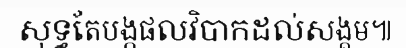
សុទ្ធតែបង្កផលវិបាកដល់សង្គម៕